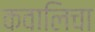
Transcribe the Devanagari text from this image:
कवालिचा